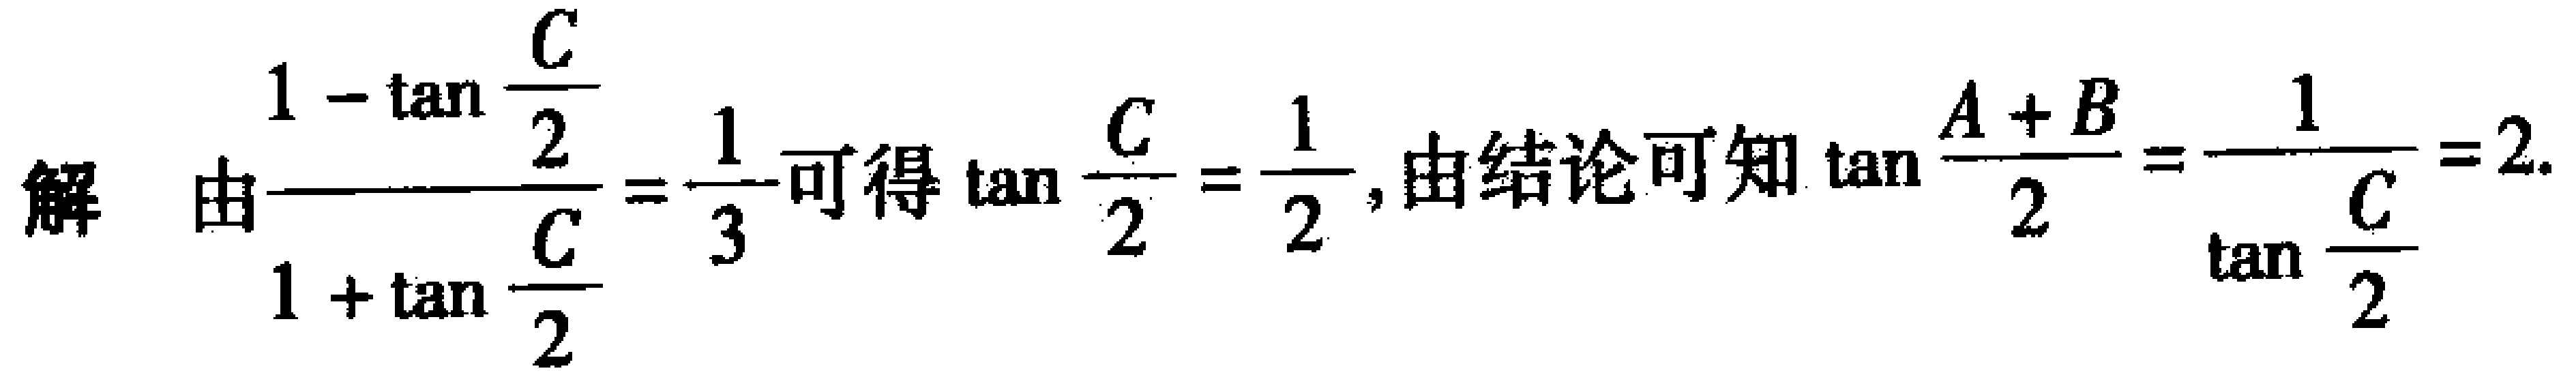
解 由$\frac{1 - \tan \frac{C}{2}}{1 + \tan \frac{C}{2}} = \frac{1}{3}$可得$\tan \frac{C}{2} = \frac{1}{2}$, 由结论可知$\tan \frac{A + B}{2} = \frac{1}{\tan \frac{C}{2}} = 2$.